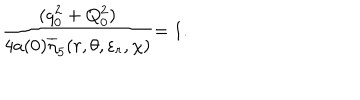
\frac { ( q _ { 0 } ^ { 2 } + Q _ { 0 } ^ { 2 } ) } { 4 a ( 0 ) \overline { { { \eta } } } _ { 5 } ( r , \theta , \varepsilon _ { r } , \chi ) } { = 1 . }